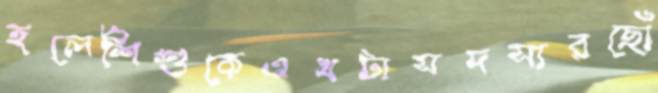
হলেশিশুকেএখটাসদস্যরছোঁ